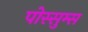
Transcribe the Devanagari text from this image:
पोस्सुम्स